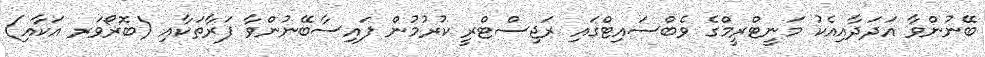
ބޭނުންވާ އަދަދާއިއެކު މަނީޓްރީމްގެ ވެބްސައިޓްގައި ރަޖިސްޓްރީ ކުރުމުން ފައިސާބޭނުންވާ ފަރާތަކާއި (ބޮރޯވަރ އަކާއި)